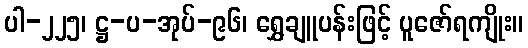
ပါ-၂၂၅၊ ဋ္ဌ-ပ-အုပ်-၉၆၊ ရွှေချူပန်းဖြင့် ပူဇော်ရကျိုး။